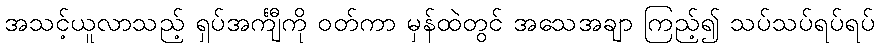
အသင့်ယူလာသည့် ရှပ်အင်္ကျီကို ဝတ်ကာ မှန်ထဲတွင် အသေအချာ ကြည့်၍ သပ်သပ်ရပ်ရပ်